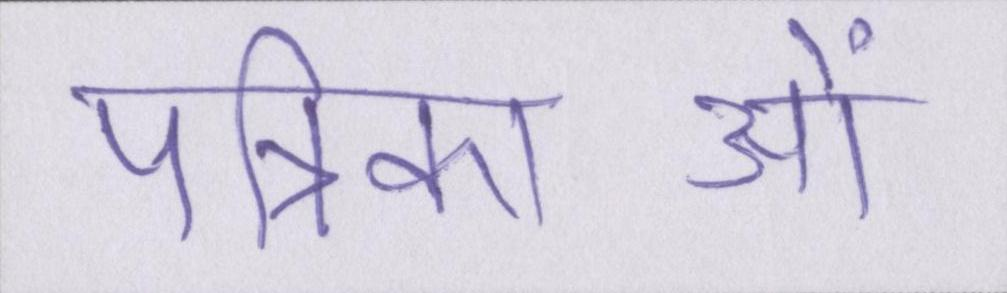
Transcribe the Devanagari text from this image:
पत्रिकाओं